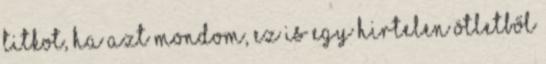
titkot, ha azt mondom, ez is egy hirtelen ötletből